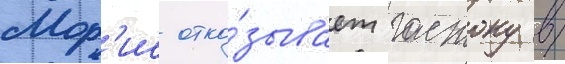
Мор'ис отка́зывает гастону в